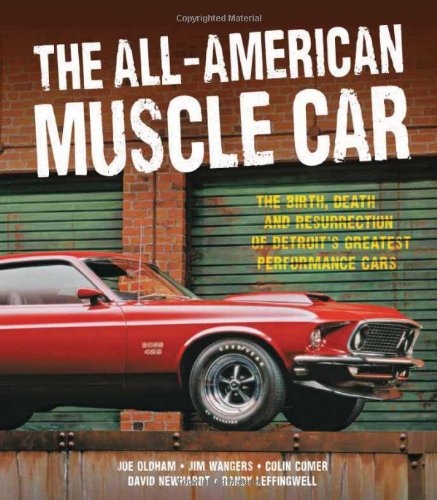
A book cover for The All-American Muscle Car: The Birth, Death and Resurrection of Detroit's Greatest Performance Cars; Jim Wangers; Engineering & Transportation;